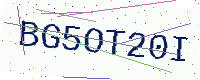
Text: BG5OT20I